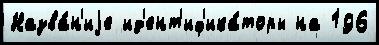
Назва́н'иjе ид'ент'иф'ика́торы на 196